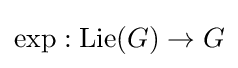
\exp :\operatorname {Lie} (G)\to G